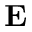
{ \bf E }